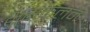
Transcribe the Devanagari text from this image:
भूसंकलन